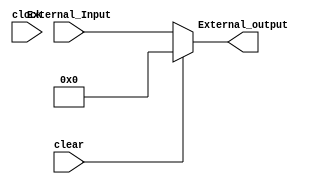
module Inport_reg #(parameter DATA_WIDTH_IN = 32, DATA_WIDTH_OUT = 32, INIT = 32'h0)(
	input clear, clock, //strobe, 
	input [DATA_WIDTH_IN-1:0]External_Input,
	output wire [DATA_WIDTH_OUT-1:0]External_output
);  

	reg [DATA_WIDTH_IN-1:0]q;
	initial q = INIT;
	always @ (External_Input) begin 
		if (clear) begin
			q <= {DATA_WIDTH_IN{1'b0}};
		end
		else q <= External_Input;
		
	end

		
	assign External_output = q[DATA_WIDTH_OUT-1:0];
endmodule